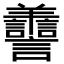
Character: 𦏯